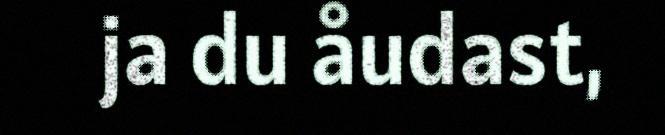
ja du åudast,